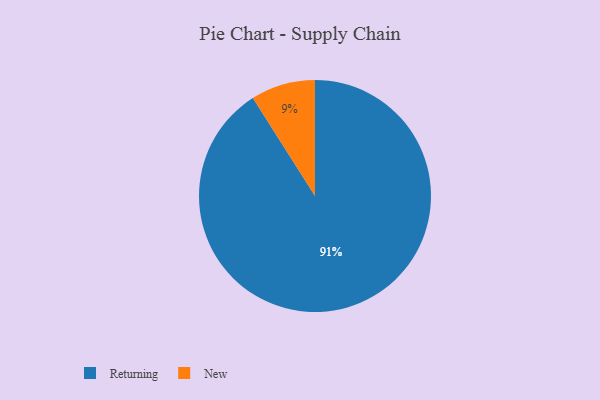
{"axis": {"x": "Category", "y": "Percentage"}, "legend": ["New", "Returning"], "data": [{"x": "New", "y": 9, "type": "New"}, {"x": "Returning", "y": 91, "type": "Returning"}]}